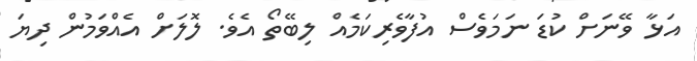
އަޅާ ވޭނަށް ކުޑަ ނަމަވެސް އުފާވެރިކަމެއް ލިބޭތޯ އެވެ. ލޮލަށް އެއްވަމުން ދިޔަ